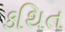
કથિત